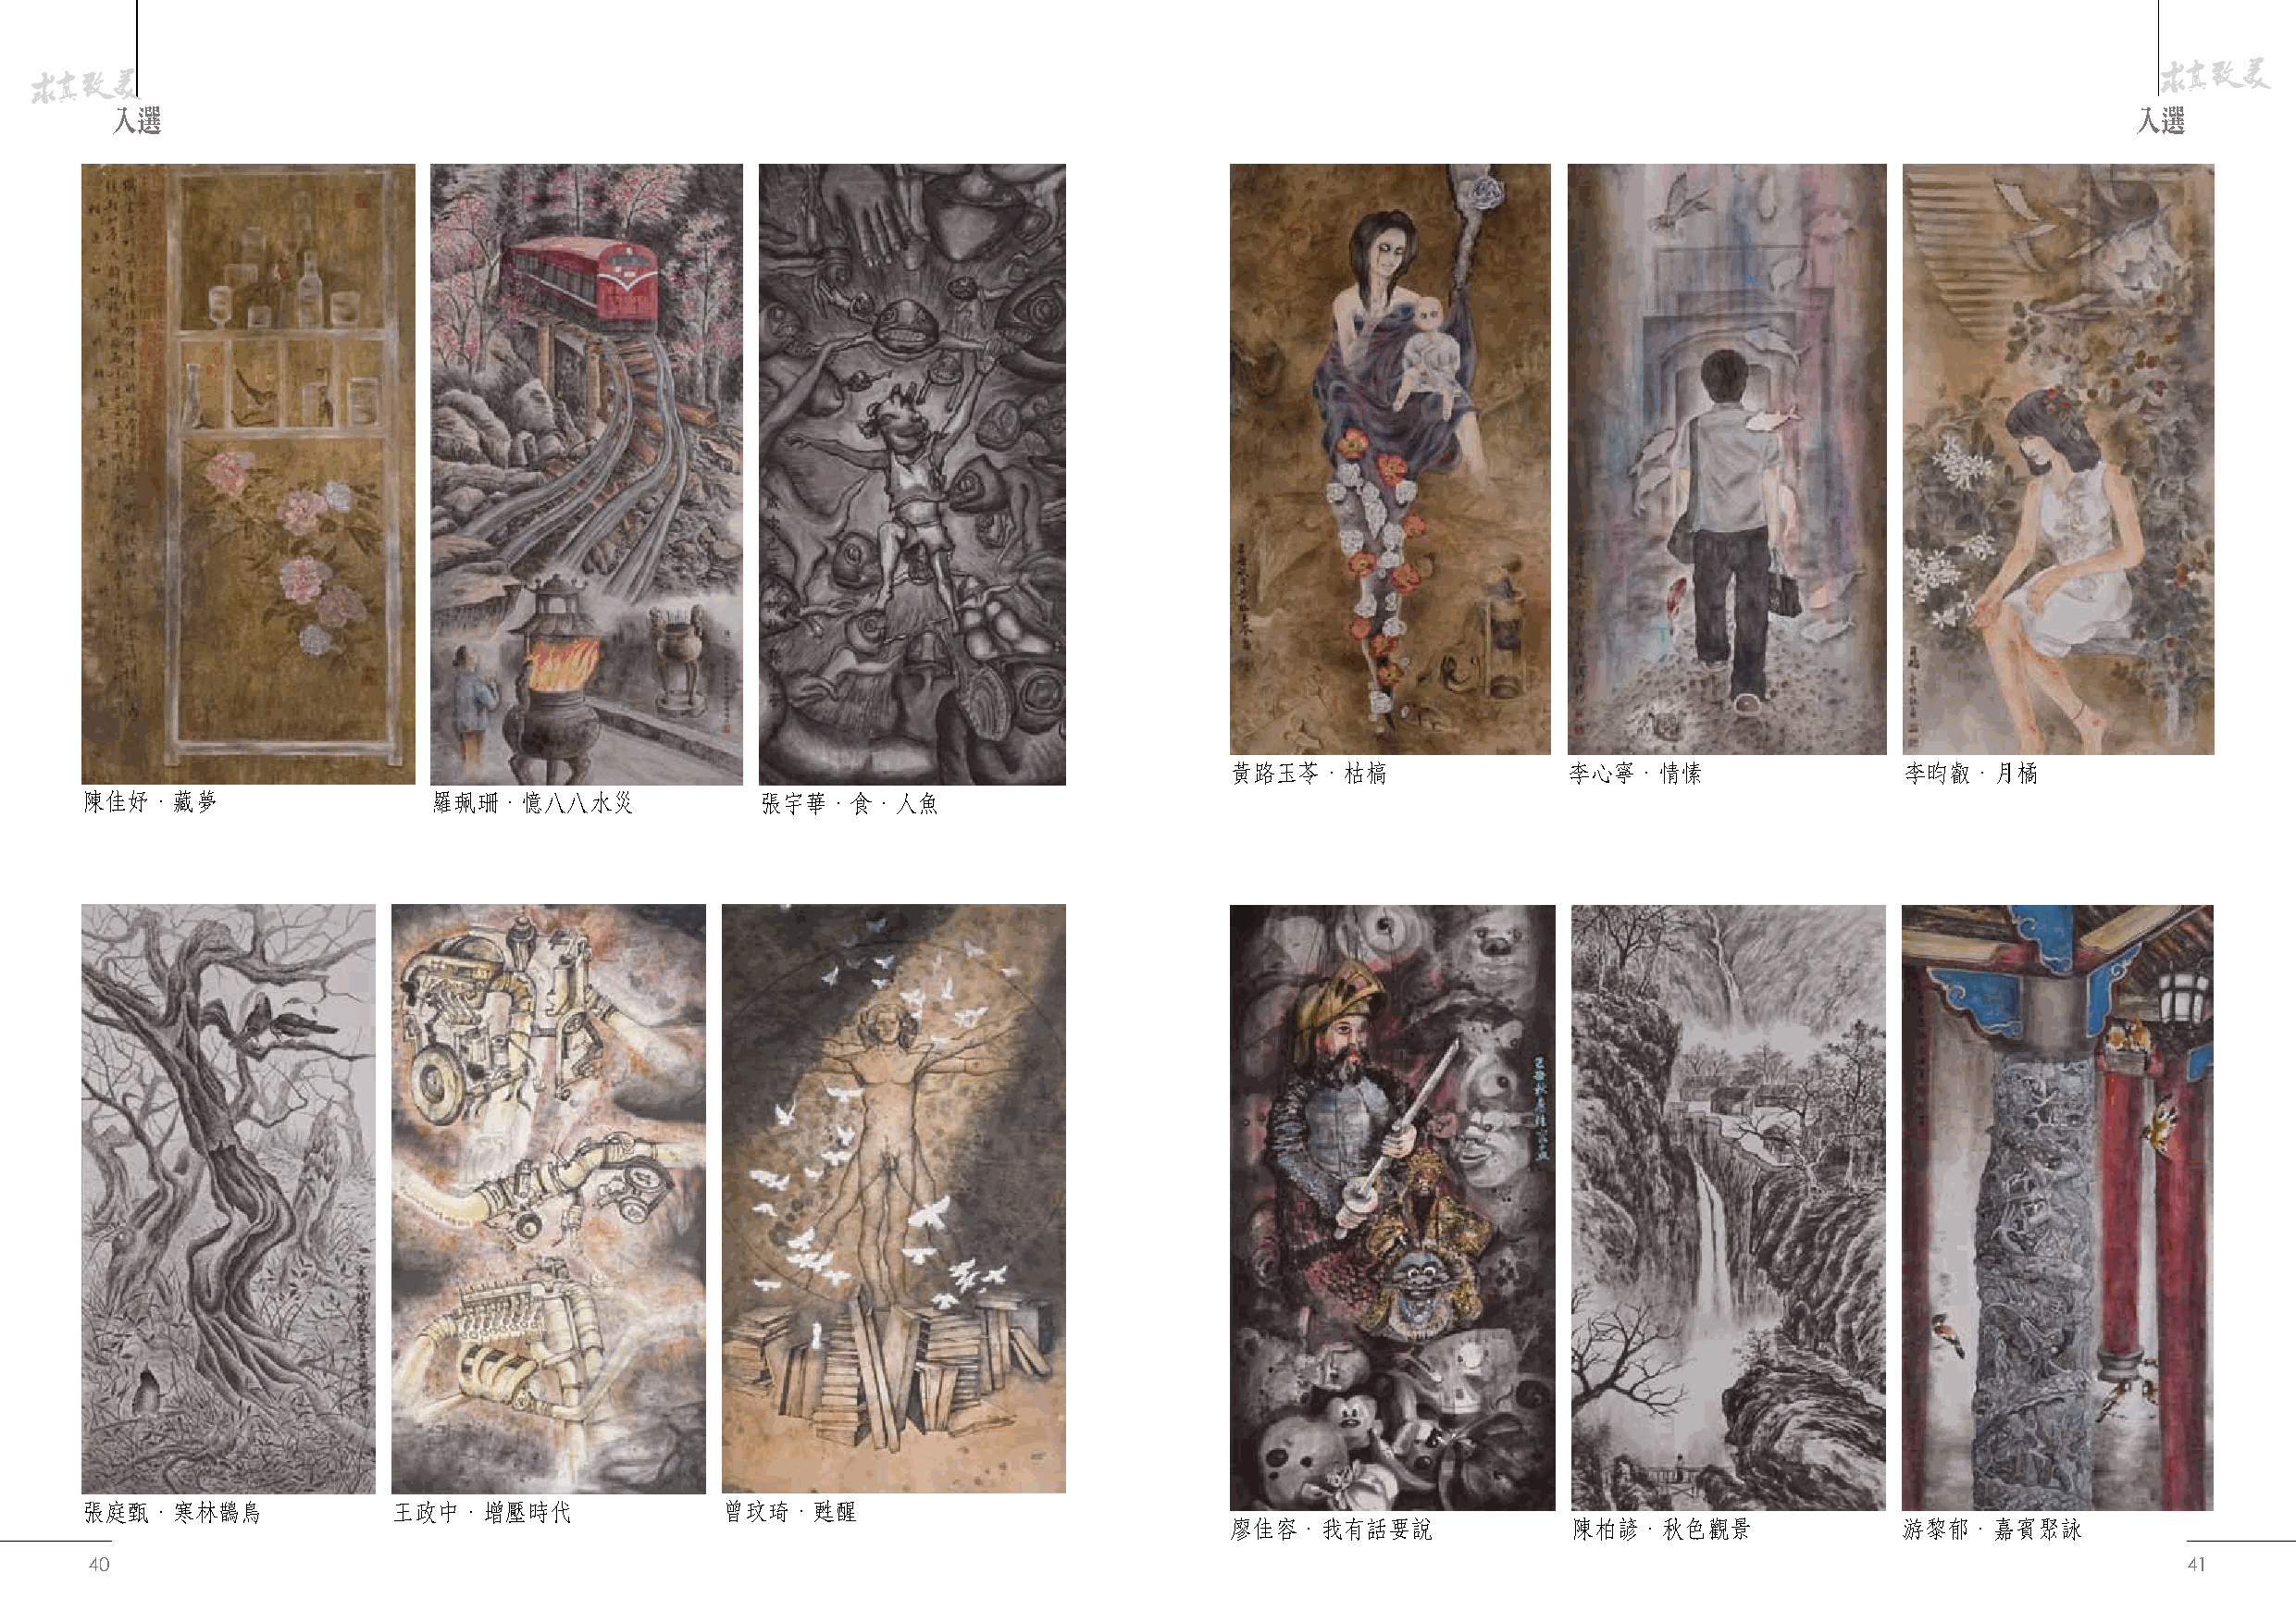
入選                                                                                                                                               入選
 黃路玉苓．枯槁                 李心寧．情愫                  李昀叡．月橘
 陳佳妤．藏夢                   羅珮珊．憶八八水災              張宇華．食．人魚
 張庭甄．寒林鵲鳥              王政中．增壓時代                曾玟琦．甦醒
 廖佳容．我有話要說               陳柏諺．秋色觀景                游黎郁．嘉賓聚詠
 40                                                                                                                                                    41